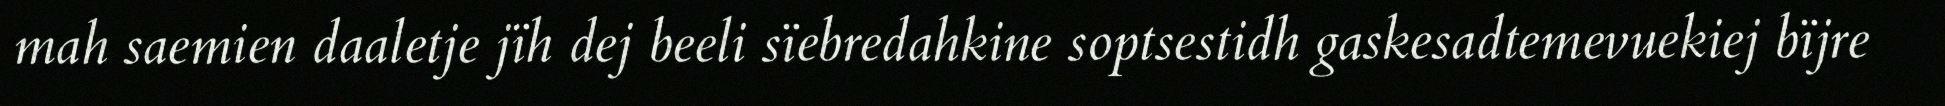
mah saemien daaletje jïh dej beeli sïebredahkine soptsestidh gaskesadtemevuekiej bïjre